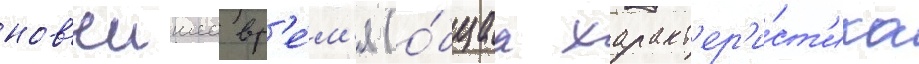
нов'еишее вр'е́м'я (о́бщаа характ'ер'и́ст'ика